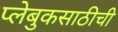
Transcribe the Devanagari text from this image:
प्लेबुकसाठीची